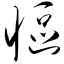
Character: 怄